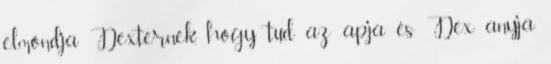
elmondja Dexternek, hogy tud az apja és Dex anyja